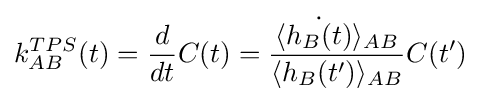
k_{AB}^{TPS}(t)={\frac {d}{dt}}C(t)={\frac {\langle {\dot {h_{B}(t)}}\rangle _{AB}}{\langle h_{B}(t')\rangle _{AB}}}C(t')